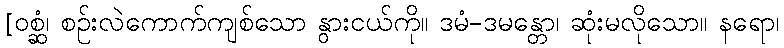
[ဝစ္ဆံ၊ စဉ်းလဲကောက်ကျစ်သော နွားငယ်ကို။ ဒမံ-ဒမန္တော၊ ဆုံးမလိုသော။ နရော၊